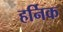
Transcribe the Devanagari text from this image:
हर्निक